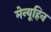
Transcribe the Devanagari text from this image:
मेन्यूहिन